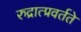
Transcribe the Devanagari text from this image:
रुद्रात्प्रवर्तते